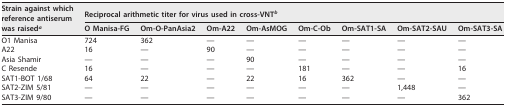
<table><thead><tr><td rowspan="2"><b>Strain against which reference antiserum was raised<sup><i>a</i></sup></b></td><td colspan="8"><b>Reciprocal arithmetic titer for virus used in cross-VNT<sup><i>b</i></sup></b></td></tr><tr><td><b>O Manisa-FG</b></td><td><b>Om-O-PanAsia2</b></td><td><b>Om-A22</b></td><td><b>Om-AsMOG</b></td><td><b>Om-C-Ob</b></td><td><b>Om-SAT1-SA</b></td><td><b>Om-SAT2-SAU</b></td><td><b>Om-SAT3-SA</b></td></tr></thead><tbody><tr><td>O1 Manisa</td><td>724</td><td>362</td><td>—</td><td>—</td><td>—</td><td>—</td><td>—</td><td>—</td></tr><tr><td>A22</td><td>16</td><td>—</td><td>90</td><td>—</td><td>—</td><td>—</td><td>—</td><td>—</td></tr><tr><td>Asia Shamir</td><td>—</td><td>—</td><td>—</td><td>90</td><td>—</td><td>—</td><td>—</td><td>—</td></tr><tr><td>C Resende</td><td>16</td><td>—</td><td>—</td><td>—</td><td>181</td><td>—</td><td>—</td><td>16</td></tr><tr><td>SAT1-BOT 1/68</td><td>64</td><td>22</td><td>—</td><td>22</td><td>16</td><td>362</td><td>—</td><td>—</td></tr><tr><td>SAT2-ZIM 5/81</td><td>—</td><td>—</td><td>—</td><td>—</td><td>—</td><td>—</td><td>1,448</td><td>—</td></tr><tr><td>SAT3-ZIM 9/80</td><td>—</td><td>—</td><td>—</td><td>—</td><td>—</td><td>—</td><td>—</td><td>362</td></tr></tbody></table>